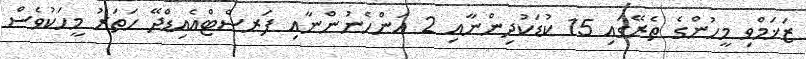
ޒަޚަމްވި މީހުންގެ ތެރޭގައި 15 ކުޑަކުދިންނާއި 2 އަންހެނުންނާއި ފަރސްޓްއެއިޑްދޭ ހަތަރު މީހަކުވެސް